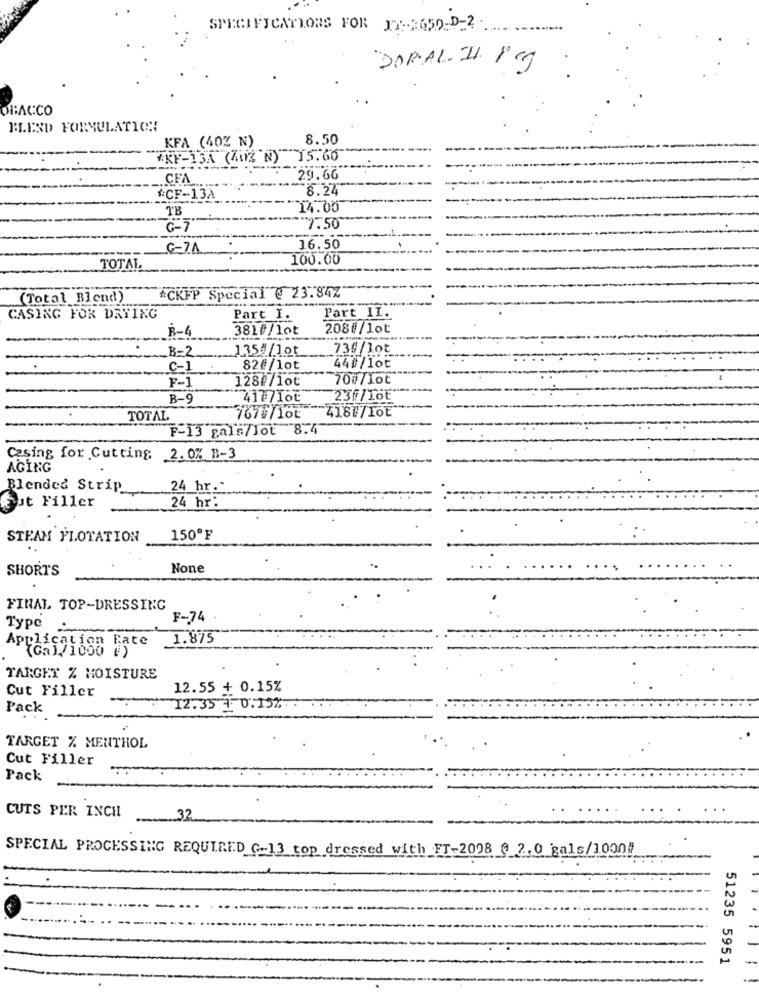
SPECIFICATIONS FOR FT-2650-0-2
DORAL.II. 1Gg
BACCO
BLEND FORMULATION
KFA (40% N)
8.50
*KF-13A (40Z N) 15.60
29.66
CFA
8.22
#CF-13A
TB
14.00
G-7"
~*--******** 1-50
-----------
16.50
100.00
TOTAL
*CKFP Special @ 23.84%
(Total Blend)
CASING FOR DATING
Part I.
Part II.
R-4
3810/lot
208#/lot
B=2
1354/10
73#/3.0₺
C-1
82#/lot
44 /1ot
128#/lot
70#/10℃
B-9
4177Iot
23F/16₺
7673/16t
TOTAL.
-Z18#/IOE
F-13 gals/lot 8.4
Casing for Cutting
2.0% B-3
AGING
Blended Strip
24 hr.
# ut Filler
24 hr:
STEAM FLOTATION
150ºF
SHORTS
FINAL TOP-DRESSING
F-74
Type
Application Rate
1.875
(Ga)/1000 #)
TARGET % MOISTURE
Cut Filler
12.55 + 0.15%
Pack
12.35 4: 0:15% ..
TARGET % MENTHOL
Cut Filler
Pack
CUTS PER INCH
32
SPECIAL PROCESSING REQUIRED G-13 top dressed with _FT-2008 @ 2.0 gals/1000#
51235 5951
-